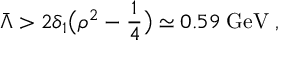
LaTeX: \bar { \Lambda } > 2 \delta _ { 1 } \big ( \rho ^ { 2 } - \frac { 1 } { 4 } \big ) \simeq 0 . 5 9 \; \mathrm { G e V } \; ,